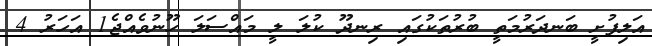
އަލިފުށީ ބަނދަރުމަތީ ބުރުތަކުގައި ރިނދޫ ކުލަ ލީ މައްސަލަ ހޫނުވެއްޖެ1 އަހަރު 4